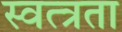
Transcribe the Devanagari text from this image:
स्वत्त्रता